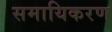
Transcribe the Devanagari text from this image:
समायिकरण